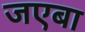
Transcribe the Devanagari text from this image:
जएबा